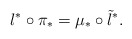
\begin{align*} \l^*\circ\pi_* = \mu_*\circ\tilde\l^*.\end{align*}